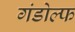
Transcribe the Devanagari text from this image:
गंडोल्फ